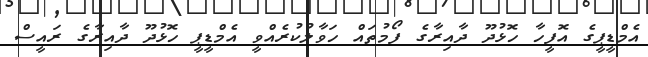
އެމްޑީޕީގެ އޮފީހާ ހޮޅުދޫ ދާއިރާގެ ފޯމުތައް ހަވާލުކުރެއްވީ އެމްޑީޕީ ހޮޅުދޫ ދާއިރާގެ ރައީސް